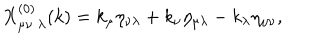
LaTeX: X _ { \mu \nu \; \lambda } ^ { ( 0 ) } ( k ) = k _ { \mu } \eta _ { \nu \lambda } + k _ { \nu } \eta _ { \mu \lambda } - k _ { \lambda } \eta _ { \mu \nu } ,